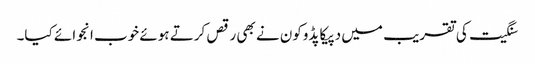
سنگیت کی تقریب میں دپیکا پڈوکون نے بھی رقص کرتے ہوئے خوب انجوائے کیا۔